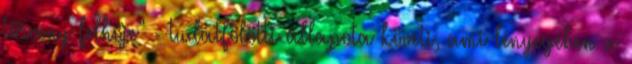
törvény felhője" - tudatfölötti állapota követi, ami lényegében a